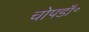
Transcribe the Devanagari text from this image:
चोपडॉ॰